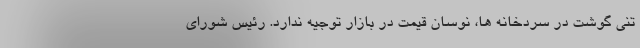
تنی گوشت در سردخانه ها، نوسان قیمت در بازار توجیه ندارد. رئیس شورای